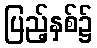
ပြည့်နှစ်၌